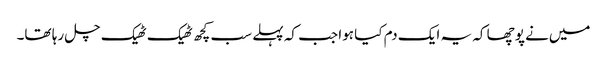
میں‌نے پوچھا کہ یہ ایک دم کیا ہوا جب کہ پہلے سب کچھ ٹھیک ٹھیک چل رہا تھا۔